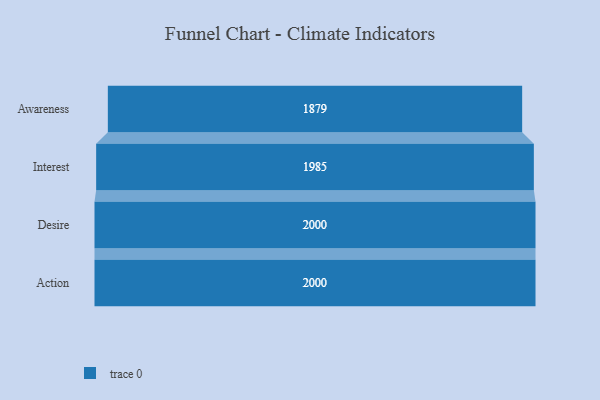
{"axis": {"x": "Stage", "y": "Value"}, "legend": [""], "data": [{"x": "Awareness", "y": 1879.0, "type": ""}, {"x": "Interest", "y": 1985.0, "type": ""}, {"x": "Desire", "y": 2000, "type": ""}, {"x": "Action", "y": 2000, "type": ""}]}